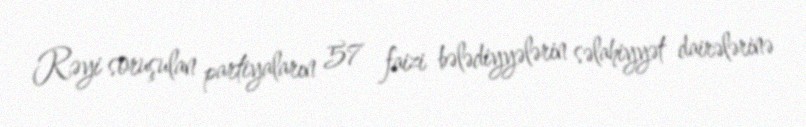
Rəyi soruşulan partiyaların 57 faizi bələdiyyələrin səlahiyyət dairələrinə